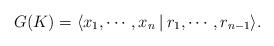
LaTeX: \begin{align*}G(K) = \langle x_1, \cdots ,x_n \ \vline \ r_1, \cdots , r_{n-1} \rangle.\end{align*}